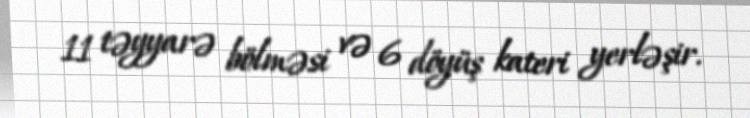
11 təyyarə bölməsi və 6 döyüş kateri yerləşir.